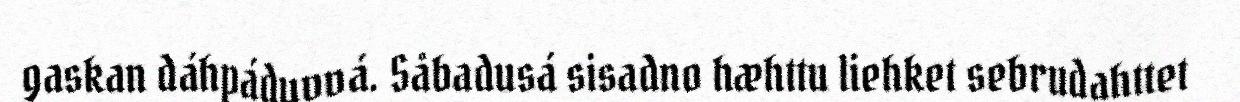
gaskan dáhpáduvvá. Såbadusá sisadno hæhttu liehket sebrudahttet